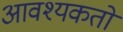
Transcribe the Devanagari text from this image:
आवश्यकतों